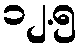
၁၂.၅